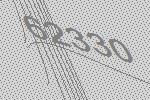
62330